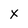
Character: x